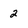
Character: 2